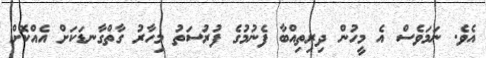
އެވެ. ނަމަވެސް އެ މީހުން ދިރިތިއްބާ ފެނުމުގެ ފުރުސަތު މިހާރު ގާތްގާނޑަކަށް އެއްކޮށް